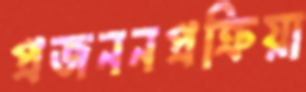
প্রজননপ্রক্রিয়া